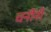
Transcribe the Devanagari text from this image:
चनौनी